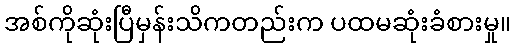
အစ်ကိုဆုံးပြီမှန်းသိကတည်းက ပထမဆုံးခံစားမှု။